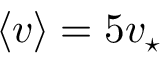
\langle v \rangle = 5 v _ { \star }